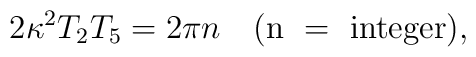
2 \kappa^2 T_2 T_5 = 2\pi n\quad ({\rm n~ =~integer}),